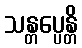
သန္တပ္ပေန္တိ